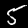
Label: 5